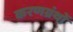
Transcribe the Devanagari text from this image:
करणग्रंथों